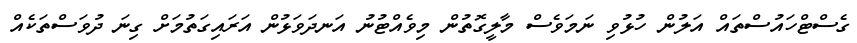
ގެސްޓްހައުސްތައް އަލުން ހުޅުވި ނަމަވެސް މާލީގޮތުން މިވެއްޓުނު އަނދަވަޅުން އަރައިގަތުމަށް ގިނަ ދުވަސްތަކެއް